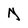
Character: N